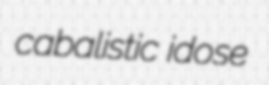
cabalistic idose